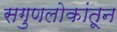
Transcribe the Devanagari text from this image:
सगुणलोकांतून